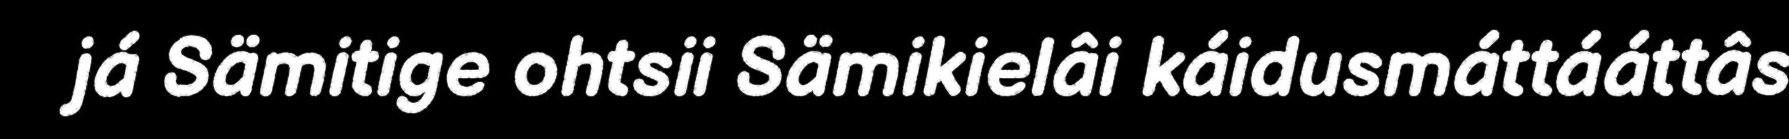
já Sämitige ohtsii Sämikielâi káidusmáttááttâs